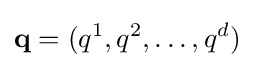
\mathbf {q} =(q^{1},q^{2},\dots ,q^{d})